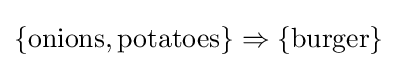
\{\mathrm {onions,potatoes} \}\Rightarrow \{\mathrm {burger} \}